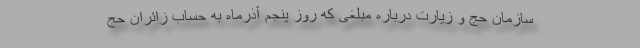
سازمان حج و زیارت درباره مبلغی که روز پنجم آذرماه به حساب زائران حج